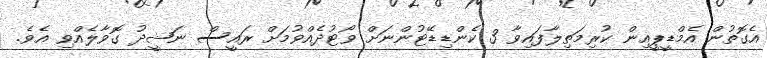
އެގޮތުން އެމްޑީޕީއިން ކުރިމަތިލާފައިވާ 3 ކެންޑިޑޭޓުންނަށް ވޯޓުދެއްވުމަށް ރައީސް ނަޝީދު ގޮވާލެއްވި އެވެ.